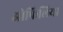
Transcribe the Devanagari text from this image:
ओफिलिया